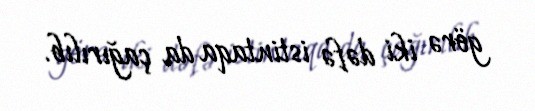
görə iki dəfə istintaqa da çağırılıb.